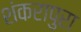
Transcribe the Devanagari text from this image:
शंकरापुरा